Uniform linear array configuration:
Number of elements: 8
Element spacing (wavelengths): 0.5
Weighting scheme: cosine
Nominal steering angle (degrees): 15
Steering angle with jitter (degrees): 15.268
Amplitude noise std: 0.05
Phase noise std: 0.05

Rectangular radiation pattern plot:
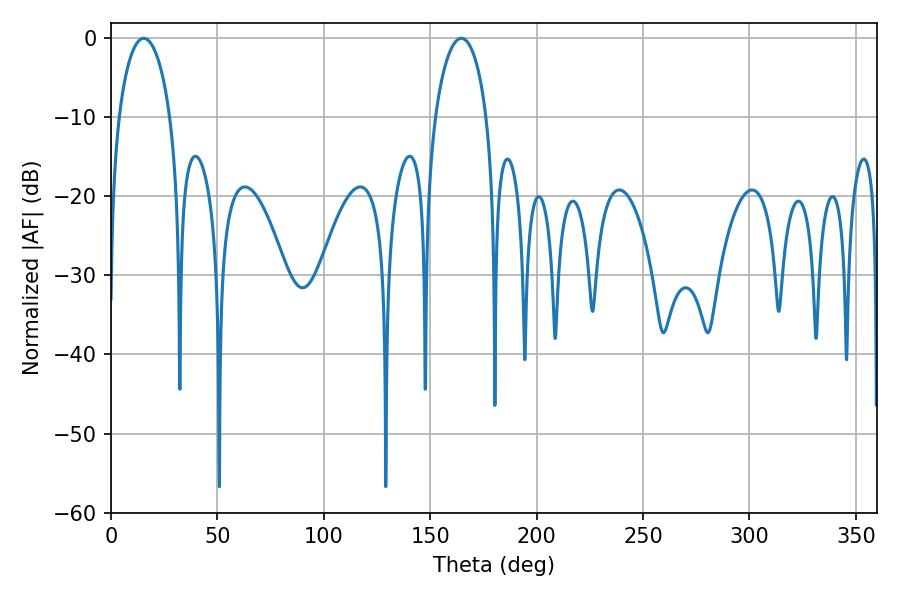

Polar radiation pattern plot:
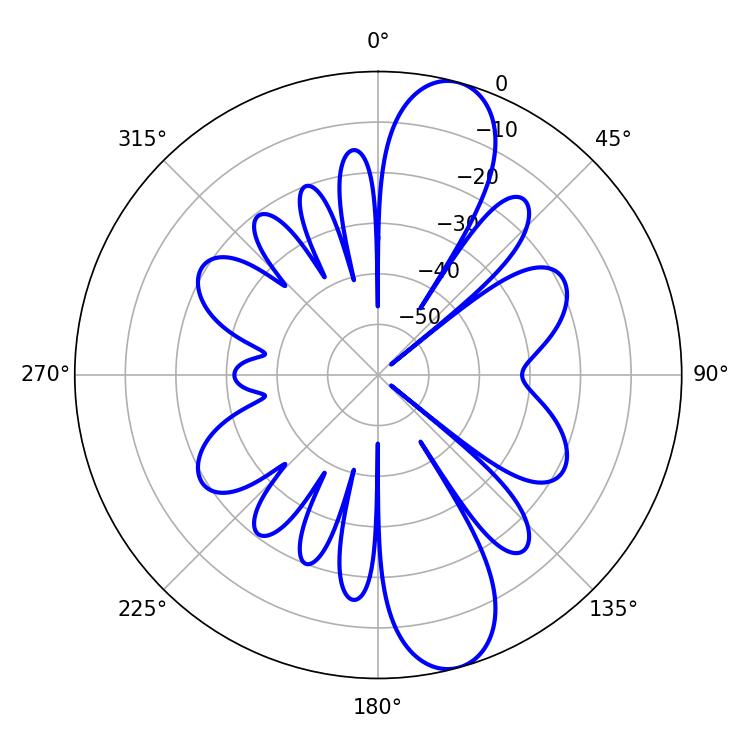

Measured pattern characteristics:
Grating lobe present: FALSE
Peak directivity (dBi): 11.593
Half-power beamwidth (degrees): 13.86
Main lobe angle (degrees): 15.3